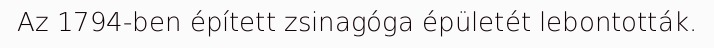
Az 1794-ben épített zsinagóga épületét lebontották.